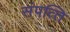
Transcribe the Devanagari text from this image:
संपत्‍ति